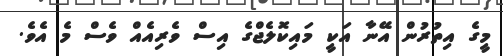
މީގެ އިތުރުން އޭނާ އަކީ މައިކޮލެޖްގެ އިސް ވެރިއެއް ވެސް މެ އެވެ.